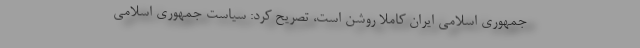
جمهوری اسلامی ایران کاملاً روشن است، تصریح کرد: سیاست جمهوری اسلامی